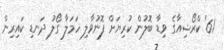
61' ކްރޯޝިއާގެ ވިޑާ ބޮލުން ކުރިޔަށް ފޮނުވާލި ހަމަލާ ގޯލު ދަނޑި ކައިރިން